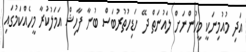
އަދި މުއުމިނަކީ މީހުންނަށް ލައުނަތް ދޭ ހަޑިހުތުރުބަސް ބުނާ ފާހިޝް އަމަލުކުރާ މީހެއްކަމުގައި